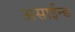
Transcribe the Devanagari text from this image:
असाईन्ड